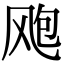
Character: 飑